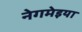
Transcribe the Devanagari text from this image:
नेगमेइया